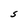
Character: S